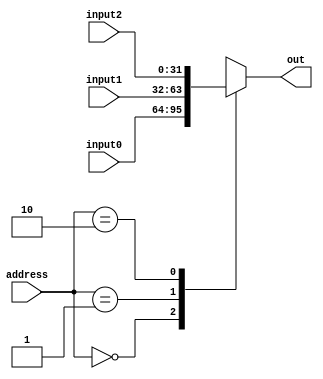
// 3 to 1x32 mux
module mux3to1by32
(
output [31:0] out,
input  [1:0]      address,
input  [31:0] input0, input1, input2
);

  wire [31:0] mux [2:0];
  assign mux[0] = input0;
  assign mux[1] = input1;
  assign mux[2] = input2;

  assign out = mux[address];
endmodule